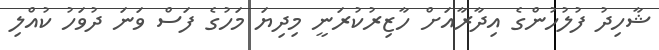
ޝާހިދު ފުލުހުންގެ އިދާރާއަށް ހާޒިރުކުރަނީ މިދިޔަ މަހުގެ ފަސް ވަނަ ދުވަހު ކުއްލި